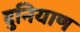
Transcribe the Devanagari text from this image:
दुनियाण